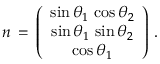
n \, = \, \left( \begin{array} { c } { { \sin \theta _ { 1 } \, \cos \theta _ { 2 } } } \\ { { \sin \theta _ { 1 } \, \sin \theta _ { 2 } } } \\ { { \cos \theta _ { 1 } } } \end{array} \right) \, .